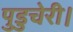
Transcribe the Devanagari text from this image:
पुडुचेरी।